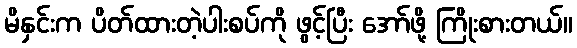
မိနှင်းက ပိတ်ထားတဲ့ပါးစပ်ကို ဖွင့်ပြီး အော်ဖို့ ကြိုးစားတယ်။